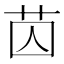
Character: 苬